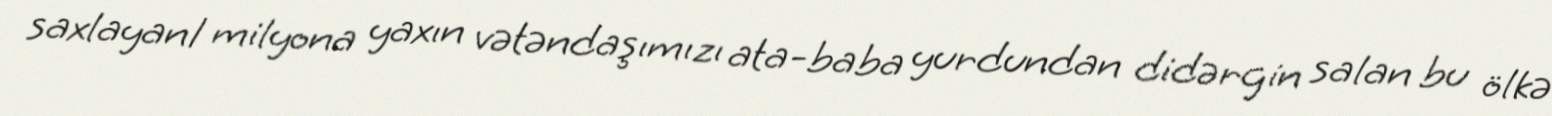
saxlayan1 milyona yaxın vətəndaşımızı ata-baba yurdundan didərgin salan bu ölkə